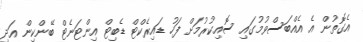
އެގޮތުން އެ އެއްބަސްވުމުގައި ސޮއިކުރުމަށް ފަހު ޑައިރެކްޓް ޑެބިޓް އިންޓަނެޓް ބޭންކިން އަދި